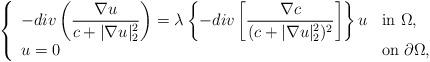
LaTeX: \begin{align*}\left \{ \begin{array}{ll}-div\left(\displaystyle\frac{\nabla u}{c+|\nabla u|_{2}^{2}}\right)=\lambda \left\{ -div\left[\displaystyle\frac{\nabla c}{(c+|\nabla u|_{2}^{2})^{2}}\right]\right\} u & \mbox{in $\Omega$,}\\u=0 & \mbox{on $\partial\Omega$,}\end{array}\right.\end{align*}